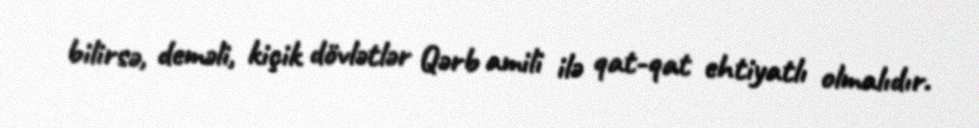
bilirsə, deməli, kiçik dövlətlər Qərb amili ilə qat-qat ehtiyatlı olmalıdır.